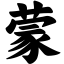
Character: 蒙